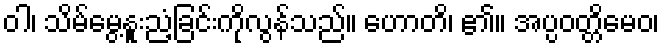
ဝါ၊ သိမ်မွေ့နူးညံ့ခြင်းကိုလွန်သည်။ ဟောတိ၊ ၏။ အပ္ပဝတ္တိမေဝ၊